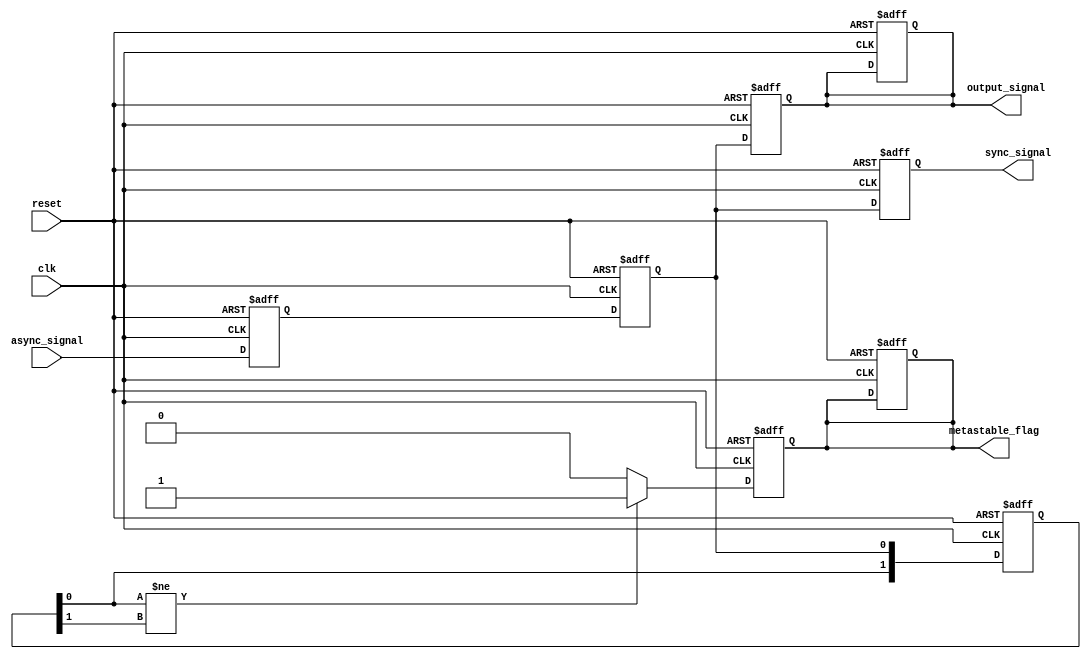
module metastability_detector (
    input wire clk,                // Clock signal
    input wire reset,              // Asynchronous reset signal
    input wire async_signal,       // Asynchronous input signal
    output reg sync_signal,        // Synchronized output signal
    output reg metastable_flag,    // Metastability indicator
    output reg output_signal        // Final output signal
);

    // Internal signals for synchronization
    reg sync_ff1;                 // First flip-flop output
    reg sync_ff2;                 // Second flip-flop output

    // Parameters for timing analysis
    parameter METASTABILITY_WINDOW = 2; // Number of clock cycles to monitor for metastability

    // Synchronization process
    always @(posedge clk or posedge reset) begin
        if (reset) begin
            sync_ff1 <= 1'b0;
            sync_ff2 <= 1'b0;
            metastable_flag <= 1'b0;
            output_signal <= 1'b0;
        end else begin
            sync_ff1 <= async_signal; // Sample the async signal
            sync_ff2 <= sync_ff1;     // Double synchronization
        end
    end

    // Monitor for metastability condition
    reg [1:0] state; // State to track the output changes
    always @(posedge clk or posedge reset) begin
        if (reset) begin
            state <= 2'b00;
            metastable_flag <= 1'b0;
            output_signal <= 1'b0;
        end else begin
            // Shift the state to track changes
            state <= {state[0], sync_ff2};

            // Check for metastability condition
            if (state[0] != state[1]) begin
                metastable_flag <= 1'b1; // Indicate metastability detected
            end else begin
                metastable_flag <= 1'b0; // Clear metastability flag
            end

            // Assign the synchronized output signal
            output_signal <= sync_ff2;
        end
    end

    // Assign the final output signal
    always @(posedge clk or posedge reset) begin
        if (reset) begin
            sync_signal <= 1'b0;
        end else begin
            sync_signal <= sync_ff2; // Final output after synchronization
        end
    end

endmodule